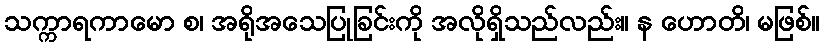
သက္ကာရကာမော စ၊ အရိုအသေပြုခြင်းကို အလိုရှိသည်လည်း။ န ဟောတိ၊ မဖြစ်။